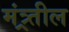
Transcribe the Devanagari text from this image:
मंत्र्र्तील